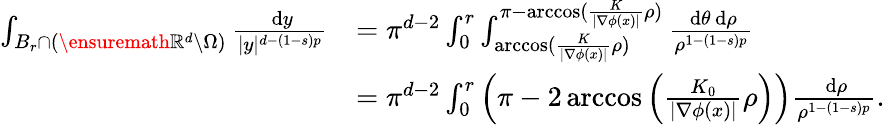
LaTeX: \begin{array}{rl}{\int_{B_{r}\cap(\ensuremath{\mathbb{R}}^{d}\setminus\Omega)}\frac{\, \mathrm{d}y}{|y|^{d-(1-s)p}}}&{=\pi^{d-2}\int_{0}^{r}\int_{\operatorname{arccos}(\frac{K}{|\nabla\phi(x)|}\rho)}^{\pi-\operatorname{arccos}(\frac{K}{|\nabla\phi(x)|}\rho)}\frac{\, \mathrm{d}\theta\, \mathrm{d}\rho}{\rho^{1-(1-s)p}}}\\ &{=\pi^{d-2}\int_{0}^{r}\left(\pi-2\operatorname{arccos}\left(\frac{K_{0}}{|\nabla\phi(x)|}\rho\right)\right)\frac{\, \mathrm{d}\rho}{\rho^{1-(1-s)p}}.}\end{array}